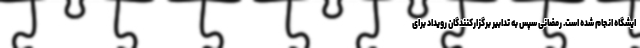
ایشگاه انجام شده است. رمضانی سپس به تدابیر برگزارکنندگان رویداد برای